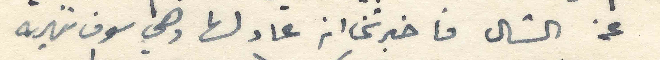
عن الشال فاخبرتني انه عاد لها وهي سوف تنهيه